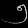
Digit: ၅